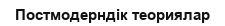
Постмодерндік теориялар